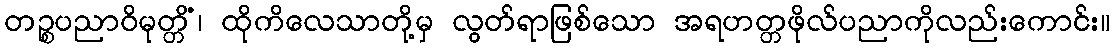
တဉ္စပညာဝိမုတ္တိံ၊ ထိုကိလေသာတို့မှ လွတ်ရာဖြစ်သော အရဟတ္တဖိုလ်ပညာကိုလည်းကောင်း။